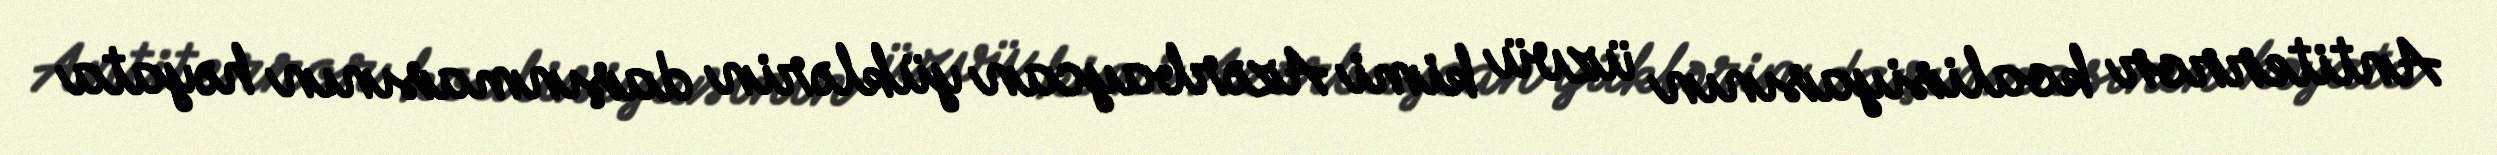
Antiterror koalisiyasının üzvü kimi Azərbaycan yüklərin daşınmasının həyata